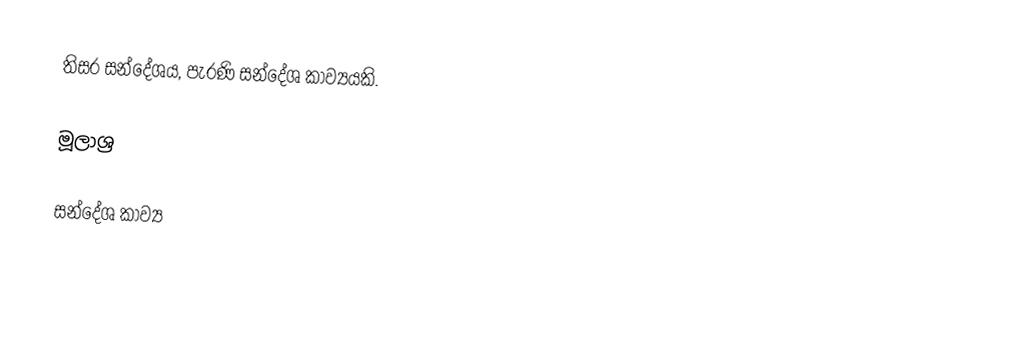
තිසර සන්දේශය, පැරණි සන්දේශ කාව්‍යයකි.

මූලාශ්‍ර

සන්දේශ කාව්‍ය